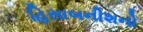
હિસાબનીશનો